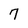
Character: 7